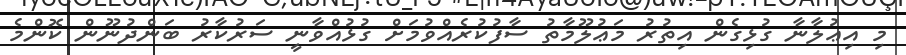
މި އިޢުލާނާ ގުޅިގެން އިތުރު މަޢުލޫމާތު ސާފުކުރެއްވުމަށް ގުޅުއްވާނީ ސަރުކާރު ބަންދުނޫން ކޮންމެ